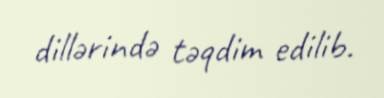
dillərində təqdim edilib.